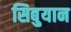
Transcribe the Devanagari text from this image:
सिबुयान